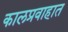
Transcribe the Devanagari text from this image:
कालप्रवाहात